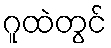
ဂူထဲတွင်